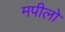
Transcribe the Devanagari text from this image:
मपीलो